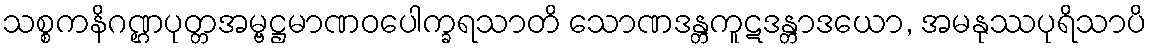
သစ္စကနိဂဏ္ဌပုတ္တအမ္ဗဋ္ဌမာဏဝပေါက္ခရသာတိ သောဏဒန္တကူဋဒန္တာဒယော, အမနုဿပုရိသာပိ